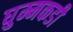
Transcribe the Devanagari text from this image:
घुम्मकडी